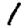
Digit: 1